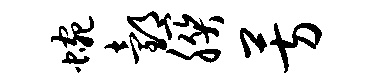
蜿邰朕芳